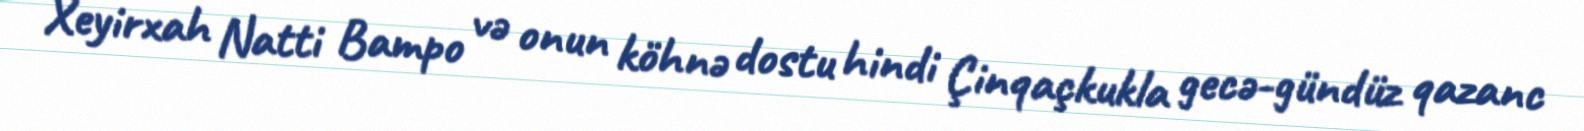
Xeyirxah Natti Bampo və onun köhnə dostu hindi Çinqaçkukla gecə-gündüz qazanc